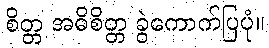
စိတ္တ အဓိစိတ္တ ခွဲကောက်ပြပုံ။